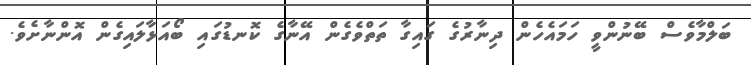
ބަލްމާވެސް ބޭނުންވީ ހަމައެހެން ދިނާރުގެ ގައިގާ ތަތްވެގެން އޭނާގެ ކޮނޑުގައި ބޯއަޅާލައިގެން އޮންނާށެވެ.